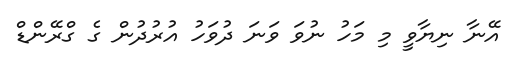
އޭނާ ނިޔާވީ މި މަހު ނުވަ ވަނަ ދުވަހު އުރުދުން ގެ ގްރޭންޑް